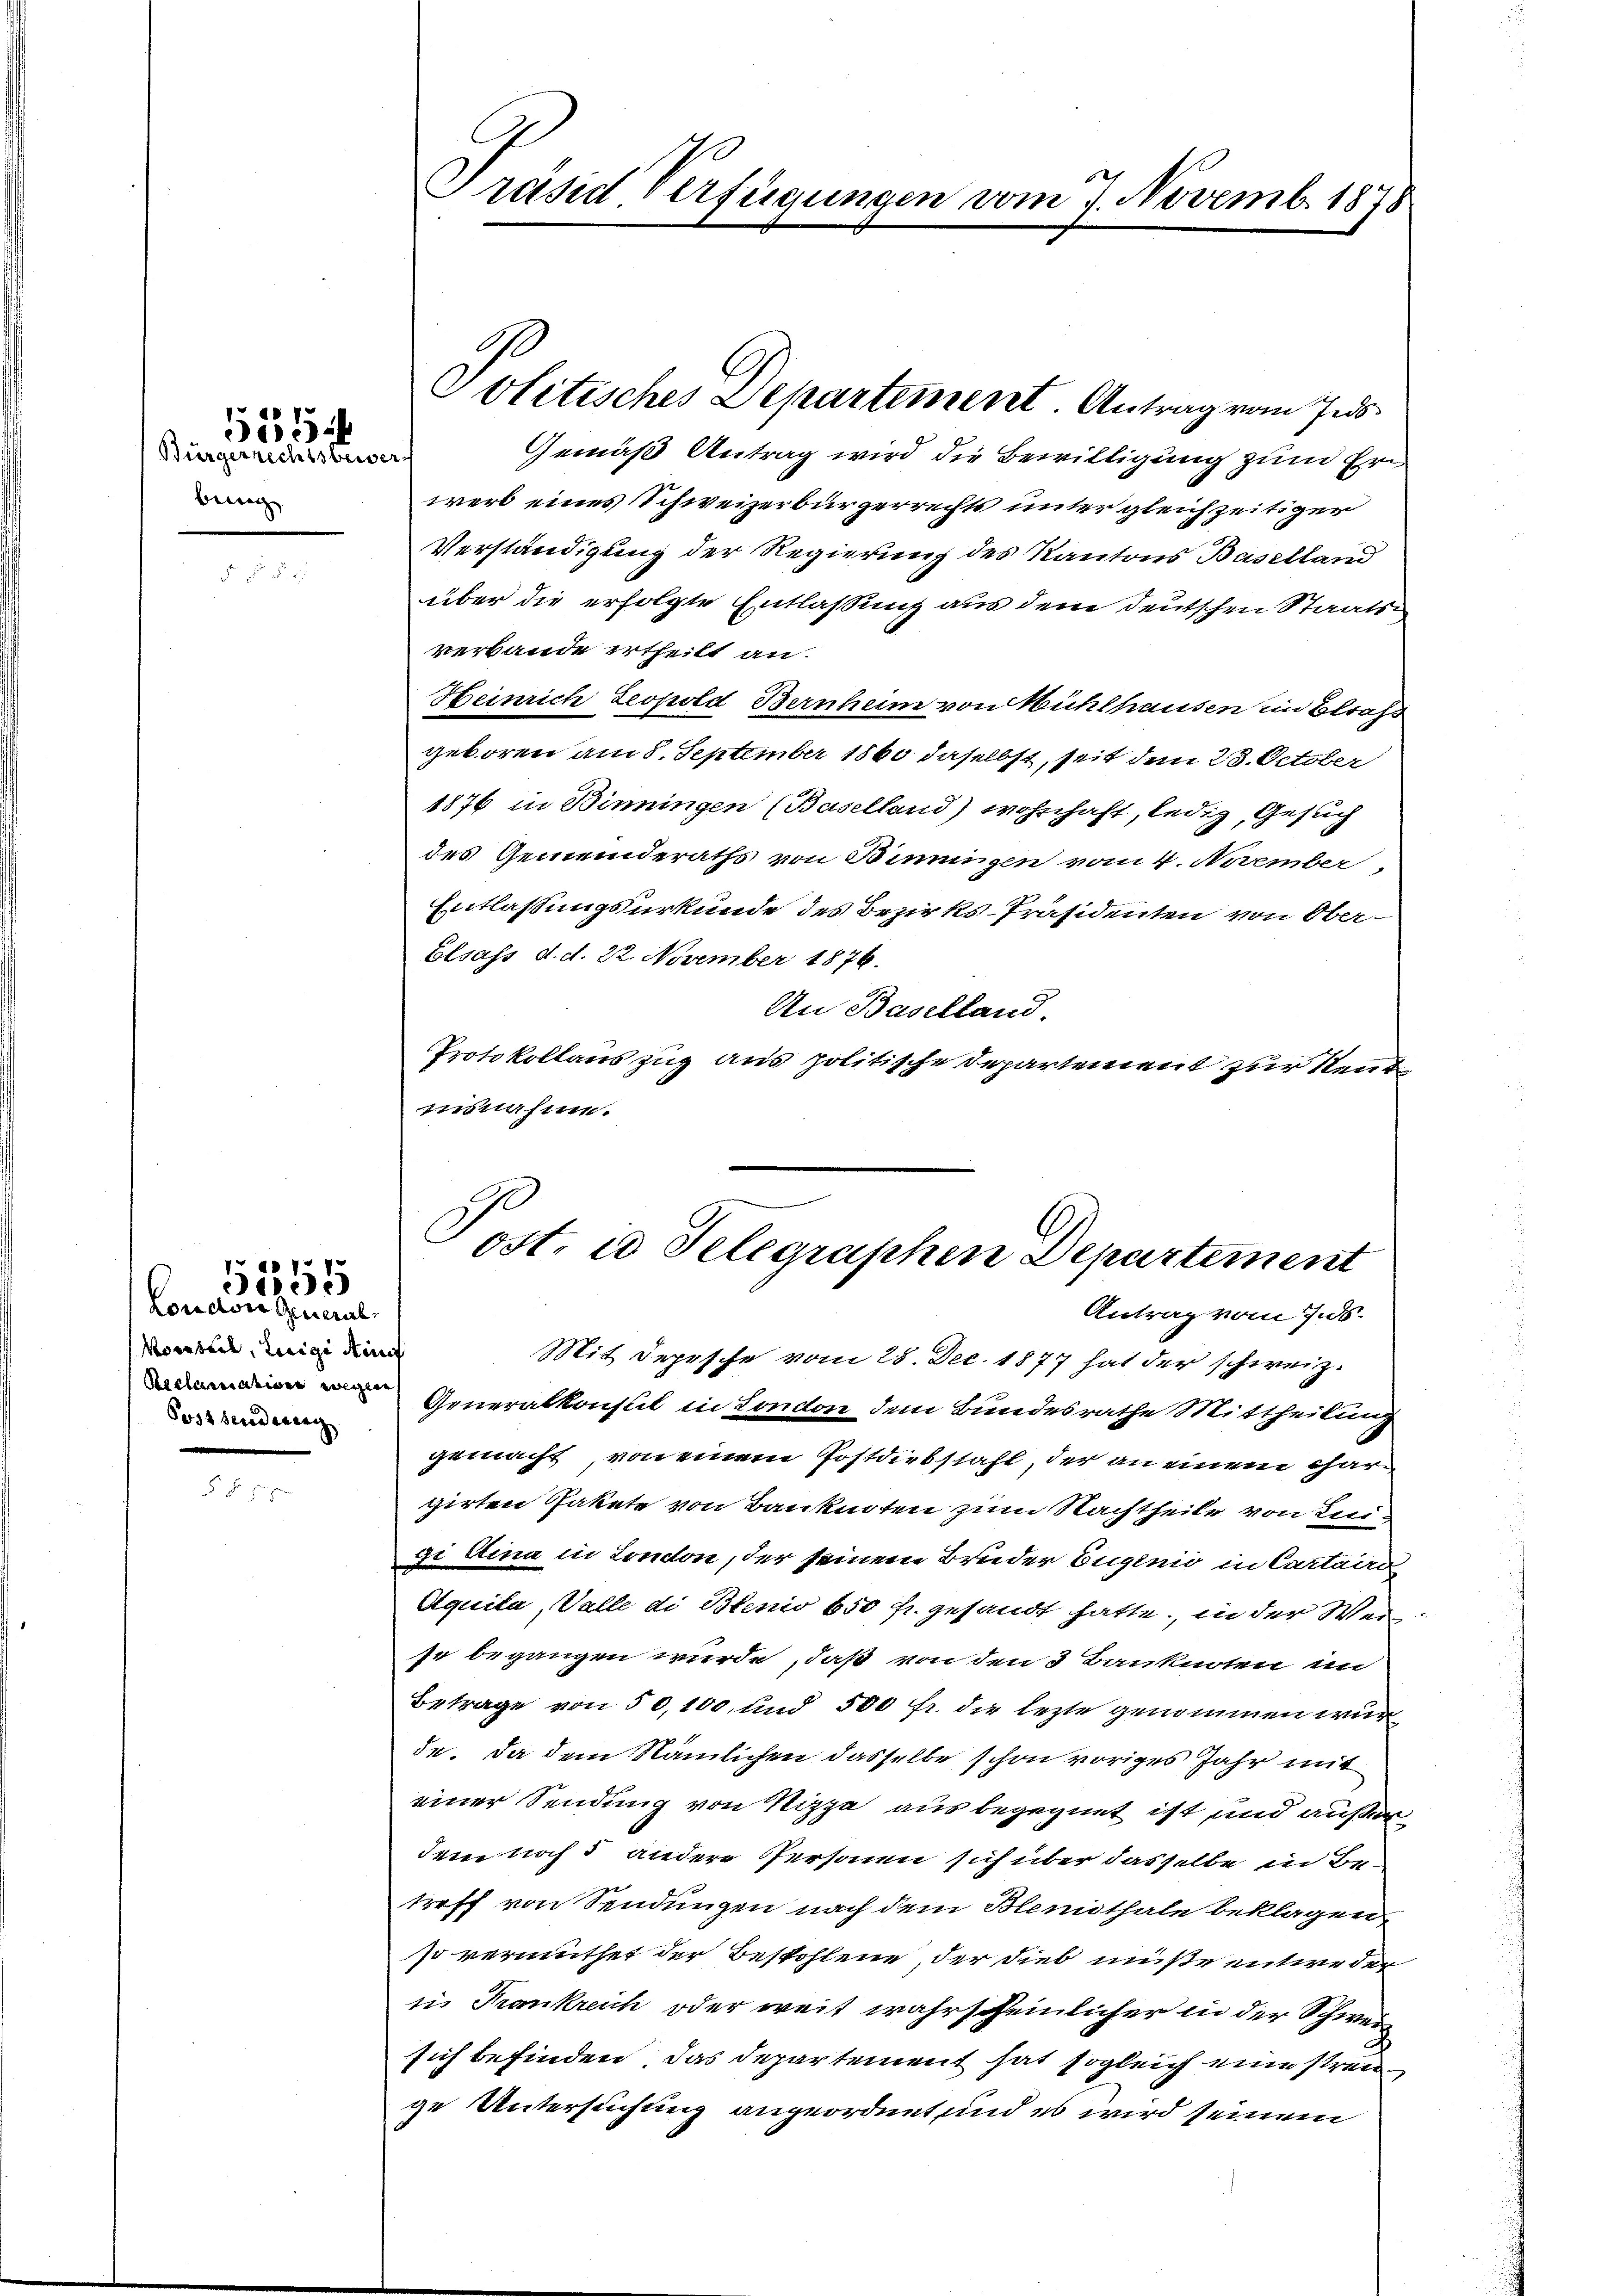
Bürgerrechtsbewer
bung

5552

London General¬
Worteil, inige Auf
Post berederung |

5355

Präsid. Verfügungen vom 7. Novemb. 1878

Gemäß Antrag wird die Bewilligung zum Ern
werb eines Schweizerbürgerrechts unter gleichzeitiger
Verständigung der Regierung des Kantons Baselland
über die erfolgte Entlassung aus dem deutschen Staatsverbande ertheilt an.
Heinrich Leopold Bernheim von Mühlhausen im Elsass
geboren am 8. September 1860 daselbst, seit dem 28. October
1876 in Binningen (Baselland) wohnhaft, ledig, Gesuch
des Gemeinderaths von Binningen vom 4. November
Entlassungsurkunde des Bezirks-Präsidenten von Ober¬
Elsass d. d. 22. November 1876.
An Baselland.
Protokollauszug aus politische Departement zur Rentmisnahme.

Politisches Departement. Antrag vom Ins

Post. in Telegraphen Departement
Antrag vom 7. ds.

Mit Depesche vom 28. Dec. 1877 hat der schweiz.
Generalkonsul in London dem Bundesrathe Mittheilung
gemacht, von einem Postdiebstahl, der an einem Char
girten Pakete von Banknoten zum Nachtheile von Leigi Etina in London, der seinem Bruder Eugenio in Cartain
Aquila, Walle di Blenio 650 fr. gesandt hatte, in der Wei
se begangen wurde, daß von den 3 Banknoten un
Betrage von 50,100, und 500 fr. die lezte genommen wür
de. Da dem Nämlichen dasselbe schon voriges Jahr mit
einer Sendung von Nizza aus begegnet ist und außer
dem noch andere Personen sich über dasselbe in Be-
treff von Sendungen nach dem Blenithale beklagen,
so vermuthet der Bestohlene, der dies müße entweder
in Krankreich oder weit wahrscheinlicher in der Schweisich befinden, das Departement hat sogleich eine streige Untersuchung angeordnet, und es wird seinem